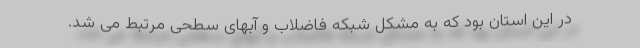
در این استان بود که به مشکل شبکه فاضلاب و آبهای سطحی مرتبط می شد.